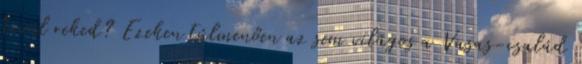
kívül reked? Ezeken túlmenően az sem világos a Vasas-család